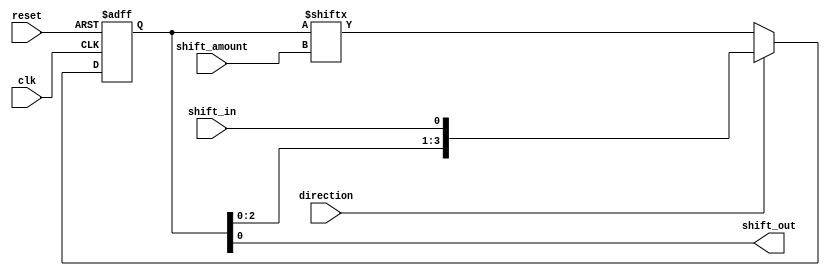
module shift_register(
    input wire clk,
    input wire reset,
    input wire shift_in,
    input wire direction, // 0 for right shift, 1 for left shift
    input wire [3:0] shift_amount,
    output reg shift_out
);

reg [3:0] data_reg;

always @(posedge clk or posedge reset) begin
    if (reset) begin
        data_reg <= 4'b0000;
    end else begin
        if (direction) begin // Left shift
            data_reg <= {data_reg[3-shift_amount:0], shift_in};
        end else begin // Right shift
            data_reg <= {shift_in, data_reg[3:shift_amount]};
        end
    end
end

assign shift_out = data_reg[0];

endmodule